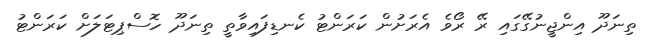
ތިނަދޫ އިންޖީނުގޭގައި ރޭ ރޯވެ އެރަށުން ކަރަންޓު ކެނޑިފައިވާތީ ތިނަދޫ ހޮސްޕިޓަލަށް ކަރަންޓު